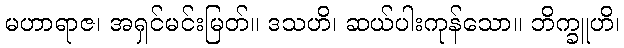
မဟာရာဇ၊ အရှင်မင်းမြတ်။ ဒသဟိ၊ ဆယ်ပါးကုန်သော။ ဘိက္ခူဟိ၊